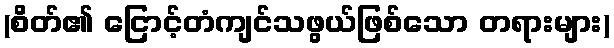
(စိတ်၏ ငြောင့်တံကျင်သဖွယ်ဖြစ်သော တရားများ)